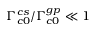
\Gamma _ { c 0 } ^ { c s } / \Gamma _ { c 0 } ^ { g p } \ll 1